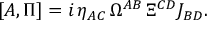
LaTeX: [ A , \Pi ] = i \, \eta _ { A C } \, \Omega ^ { A B } \, \Xi ^ { C D } J _ { B D } .